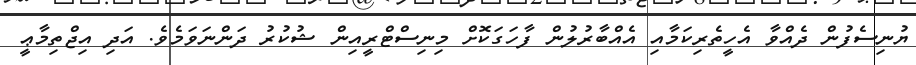
ޔުނިސެފުން ދެއްވާ އެހީތެރިކަމާއި އެއްބާރުލުން ފާހަގަކޮށް މިނިސްޓްރީއިން ޝުކުރު ދަންނަވަމެވެ. އަދި އިޖްތިމާޢީ